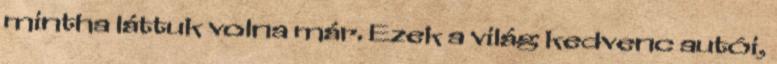
mintha láttuk volna már. Ezek a világ kedvenc autói,